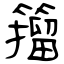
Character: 籀